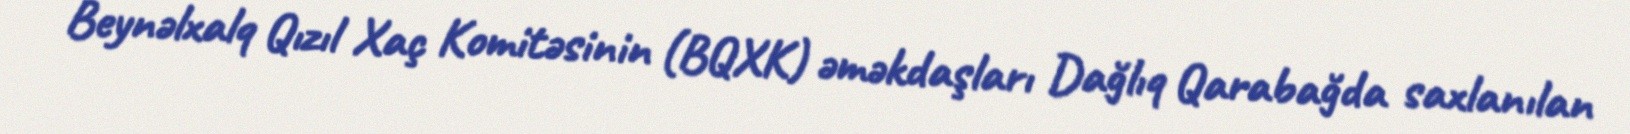
Beynəlxalq Qızıl Xaç Komitəsinin (BQXK) əməkdaşları Dağlıq Qarabağda saxlanılan